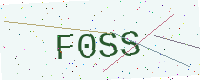
Text: F0SS